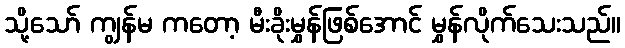
သို့သော် ကျွန်မ ကတော့ မီးခိုးမွှန်ဖြစ်အောင် မွှန်လိုက်သေးသည်။